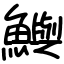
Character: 鱮